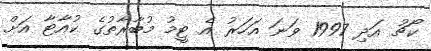
ކޯޗު އަދި 1997 ވަނަ އަހަރު އެ ޓީމު މުބާރާތުގެ ކުއާޓާ އަށް